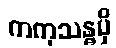
ကကုသန္ဓမှိ